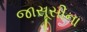
જાસૂસીના